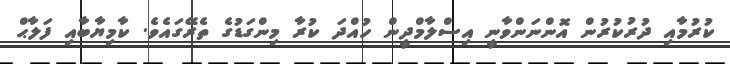
ކުރުމާއި ދުރުކުރުން އޮންނަންވާނީ އިސްލާމްދީން ހުއްދަ ކުރާ މިންގަޑުގެ ތެރޭގައެވެ. ކާމިޔާބާއި ފަލާޙް